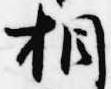
相